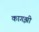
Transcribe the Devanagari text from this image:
कागझी